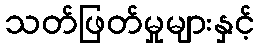
သတ်ဖြတ်မှုများနှင့်